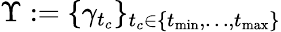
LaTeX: \Upsilon:=\{ \gamma_{t_{c}}\} _{t_{c}\in\{ t_{\operatorname*{min}},\dots,t_{\operatorname*{max}}\} }